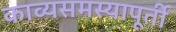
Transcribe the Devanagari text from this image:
काव्यसमस्यापूर्ती